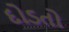
દોડતો